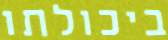
ביכולתו